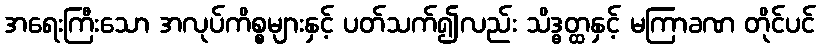
အရေးကြီးသော အလုပ်ကိစ္စများနှင့် ပတ်သက်၍လည်း သိဒ္ဓတ္ထနှင့် မကြာခဏ တိုင်ပင်